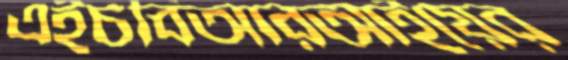
এইচবিআরআইয়ের